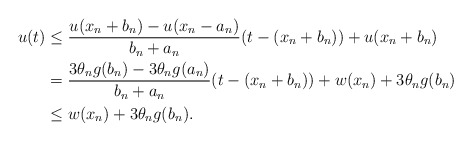
\begin{align*}u(t) &\leq \frac{u(x_n + b_n) - u(x_n - a_n)}{b_n + a_n} (t- (x_n + b_n)) + u(x_n + b_n)\\& = \frac{3 \theta_n g (b_n) - 3 \theta_n g (a_n)}{b_n + a_n}(t- (x_n + b_n)) + w(x_n) + 3\theta_n g (b_n)\\& \leq w(x_n) + 3\theta_n g (b_n).\end{align*}